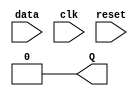
/////////////////////////////////////////////
//D Flip Flop Module used below
module DFlipFlop(Q , data, clk,reset);

input data, clk;
input reset;
output reg Q;
always @ (posedge clk)
	Q <= data;
always @ (reset == 1)
	Q<=0;

endmodule

//vector "in" is a register acting like shift register 
//every clock cycle shifts one bit to left
//and calls all the Divisibilty Checker (3,5,7,11,13) by sending data serially
//from MSB to LSB.

module CheckDivisibility(div3,div7,data,clk,reset);
input [7:0]data;
input clk,reset;
output div3,div7;
reg [7:0]shiftreg;
reg in;
always@ (negedge reset)
begin	
	shiftreg<=data;
	in<=data[7];
end


CheckThree D3 (div3,in,clk,reset);
//CheckFive D5 mod1(div5,in,clk,reset);
CheckSeven D7 (div7,in,clk,reset);
//CheckEleven D11 mod1(div11,in,clk,reset);
//CheckThirteen D13 mod1(div13,in,clk,reset);


always @ (posedge clk)
begin
	in<=shiftreg[7];
	shiftreg[7]<=shiftreg[6];
	shiftreg[6]<=shiftreg[5];
	shiftreg[5]<=shiftreg[4];
	shiftreg[4]<=shiftreg[3];
	shiftreg[3]<=shiftreg[2];
	shiftreg[2]<=shiftreg[1];
	shiftreg[1]<=shiftreg[0];
	shiftreg[0]<=0;
end



endmodule

module CheckThree(out, in, clk,reset);

input in,clk,reset;
output out;

wire A,B;
wire Da,Db;

or (Da,in & A, B & (~in));
or (Db,~in & A, ~A & ~B & in);

DFlipFlop D3f1(A,Da,clk,reset);
DFlipFlop D3f2(B,Db,clk,reset);

and(out,~A,~B);
endmodule

module CheckSeven(out, in, clk,reset);

input in,clk,reset;
output out;

wire A,B,C;
wire Da,Db,Dc;

or (Da,(B & ~C), (B & ~in) , (A & C & in));
or (Db,(C & ~in), (~A & ~B & C) , (A & ~C & in));
or (Dc, (A & ~in), (~A & ~B & in), (~A & ~C & in));


DFlipFlop D7f1(A,Da,clk,reset);
DFlipFlop D7f2(B,Db,clk,reset);
DFlipFlop D7f3(C,Dc,clk,reset);

and(out,~A,~B,~C);
endmodule